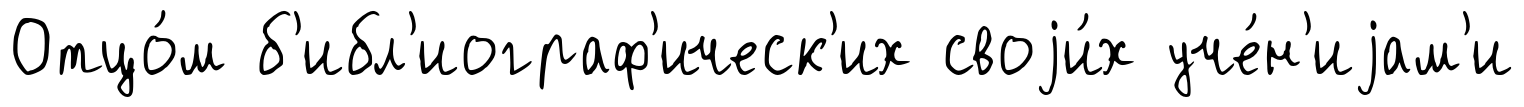
Отцо́м б'ибл'иограф'ическ'их своjи́х уче́н'иjам'и